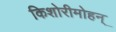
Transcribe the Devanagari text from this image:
किशोरीमोहन्